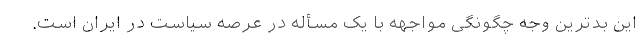
این بدترین وجه چگونگی مواجهه با یک مسأله در عرصه سیاست در ایران است.